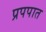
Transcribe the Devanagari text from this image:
प्रपपात